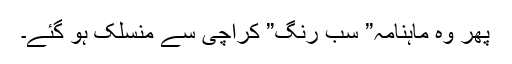
پھر وہ ماہنامہ” سب رنگ” کراچی سے منسلک ہو گئے۔